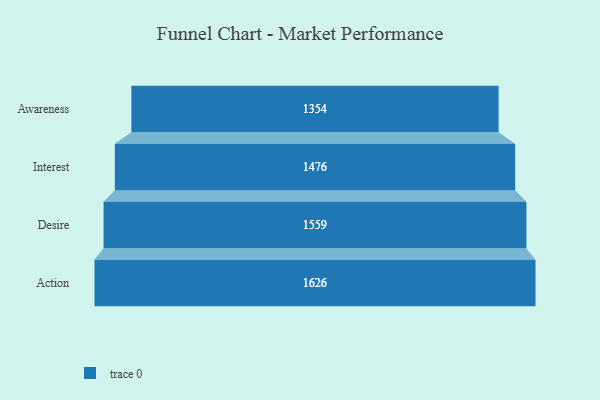
{"axis": {"x": "Stage", "y": "Value"}, "legend": [""], "data": [{"x": "Awareness", "y": 1354.0, "type": ""}, {"x": "Interest", "y": 1476.0, "type": ""}, {"x": "Desire", "y": 1559.0, "type": ""}, {"x": "Action", "y": 1626.0, "type": ""}]}